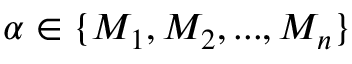
\alpha \in \{ M _ { 1 } , M _ { 2 } , . . . , M _ { n } \}